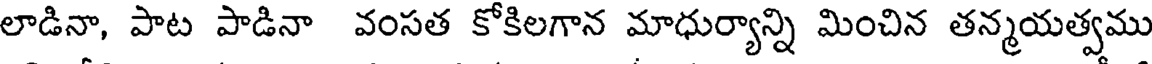
లాడినా, పాట పాడినా వంసత కోకిలగాన మాధుర్యాన్ని మించిన తన్మయత్వము